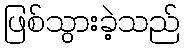
ဖြစ်သွားခဲ့သည်